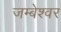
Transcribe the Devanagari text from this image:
जम्बेश्वर